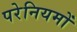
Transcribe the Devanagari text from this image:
परेनियमों